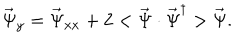
LaTeX: \vec { \Psi } _ { y } = \vec { \Psi } _ { x x } + 2 < \vec { \Psi } \cdot \vec { \Psi } ^ { \dagger } > \vec { \Psi } .